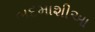
બદમાશીઆ